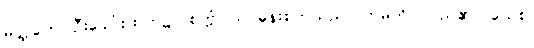
မတ္ထကေ၊ ဦးခေါင်းထက်၌။ စက္ကံ၊ သင်ဓုန်းစက်သည်။ ဘမတိ၊ လည်၏။ ယေစ၊